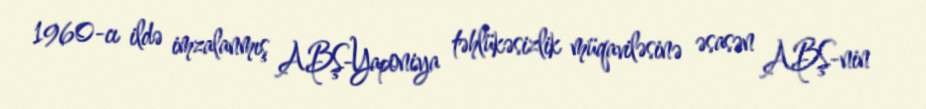
1960-cı ildə imzalanmış ABŞ-Yaponiya təhlükəsizlik müqaviləsinə əsasən ABŞ-nin